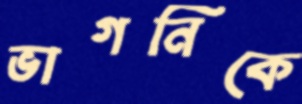
ভাগনিকে